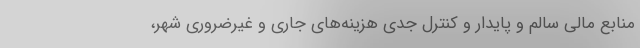
منابع مالی سالم و پایدار و کنترل جدی هزینه‌های جاری و غیرضروری شهر،